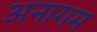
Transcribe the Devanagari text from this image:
अनागम